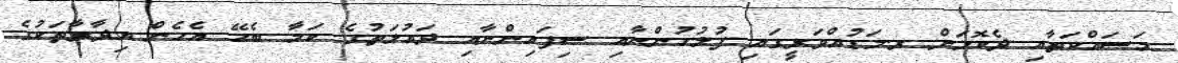
މަސައްކަތާއި ދެކޮޅަށް ރ.މަޑުއްވަރީގައި ފުލުހުންނާއި ސިފައިންނާއި ދައުލަތުގެ ކަމާ ބެހޭ އެހެން އިދާރާތަކުގެ